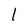
Character: l